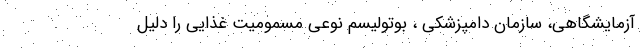
آزمایشگاهی، سازمان دامپزشکی ، بوتولیسم نوعی مسمومیت غذایی را دلیل